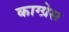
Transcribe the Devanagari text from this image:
काग्ग्रेस